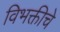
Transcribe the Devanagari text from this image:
विभक्तीचे